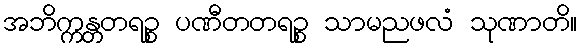
အဘိက္ကန္တတရဉ္စ ပဏီတတရဉ္စ သာမညဖလံ သုဏာတိ။